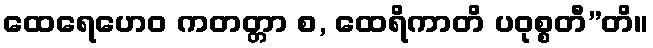
ထေရေဟေဝ ကတတ္တာ စ, ထေရိကာတိ ပဝုစ္စတီ”တိ။